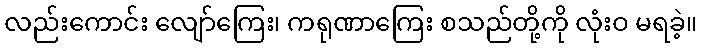
လည်းကောင်း လျော်ကြေး၊ ကရုဏာကြေး စသည်တို့ကို လုံးဝ မရခဲ့။